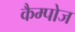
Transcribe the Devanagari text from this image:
कैम्पोज